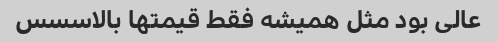
عالی بود مثل همیشه فقط قیمتها بالاسسس